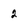
Character: 2